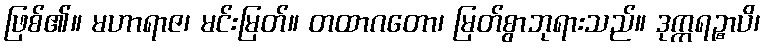
ဖြစ်၏။ မဟာရာဇ၊ မင်းမြတ်။ တထာဂတော၊ မြတ်စွာဘုရားသည်။ ဒုက္ကရဉ္စာပိ၊